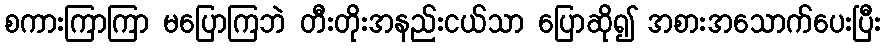
စကားကြာကြာ မပြောကြဘဲ တီးတိုးအနည်းငယ်သာ ပြောဆို၍ အစားအသောက်ပေးပြီး